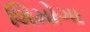
શિમોગા